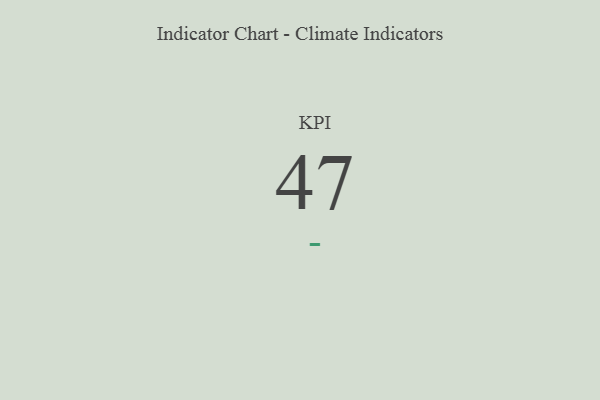
{"axis": {"x": "KPI", "y": "Value"}, "legend": [""], "data": [{"x": "KPI", "y": 47, "type": ""}]}